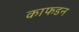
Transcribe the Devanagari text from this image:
काफडन